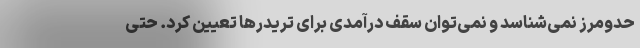
حدومرز نمی‌شناسد و نمی‌توان سقف درآمدی برای تریدرها تعیین کرد. حتی